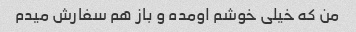
من که خیلی خوشم اومده و باز هم سفارش میدم